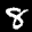
Label: 8